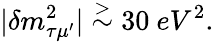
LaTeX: |\delta m_{\tau\mu^{\prime}}^{2}|\stackrel{>}{\sim}30\ eV^{2}.